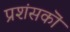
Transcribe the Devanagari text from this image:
प्रशंसकॊं